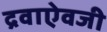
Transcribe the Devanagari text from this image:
द्रवाऐवजी